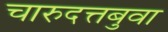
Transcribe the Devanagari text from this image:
चारुदत्तबुवा